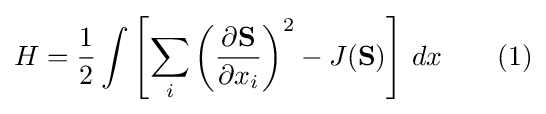
H={\frac {1}{2}}\int \left[\sum _{i}\left({\frac {\partial \mathbf {S} }{\partial x_{i}}}\right)^{2}-J(\mathbf {S} )\right]\,dx\qquad (1)